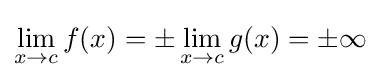
\lim _{x\to c}f(x)=\pm \lim _{x\to c}g(x)=\pm \infty